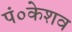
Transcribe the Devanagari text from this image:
पं०केशव